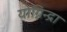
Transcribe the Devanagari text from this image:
योग्निन्द्रा